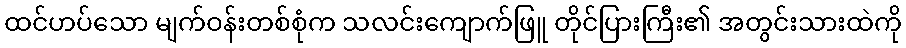
ထင်ဟပ်သော မျက်ဝန်းတစ်စုံက သလင်းကျောက်ဖြူ တိုင်ပြားကြီး၏ အတွင်းသားထဲကို